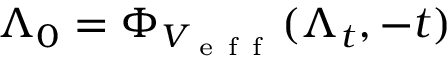
\Lambda _ { 0 } = \Phi _ { V _ { \mathrm { ~ e ~ f ~ f ~ } } } ( \Lambda _ { t } , - t )